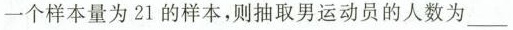
一个样本量为 21 的样本，则抽取男运动员的人数为___